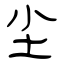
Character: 尘